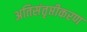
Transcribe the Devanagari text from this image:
अतिसंतृप्तीकरण